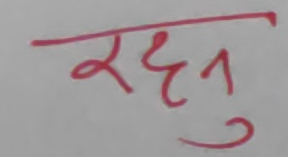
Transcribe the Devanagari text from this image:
रहनु